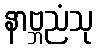
နာဗ္ဘညံသု